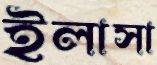
ইলাসা